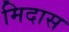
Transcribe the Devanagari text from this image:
मिदास